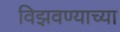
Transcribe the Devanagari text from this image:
विझवण्याच्या